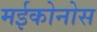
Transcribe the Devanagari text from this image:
मईकोनोस